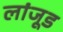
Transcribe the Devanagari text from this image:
लांजूड